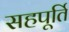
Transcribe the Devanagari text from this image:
सहपूर्ति